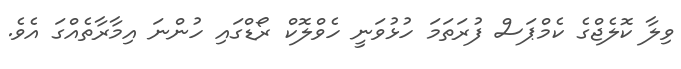
ވިލާ ކޮލެޖްގެ ކެމްޕަސް ފުރަތަމަ ހުޅުވަނީ ހެވްލޮކް ރޯޑްގައި ހުންނަ އިމާރާތެއްގަ އެވެ.